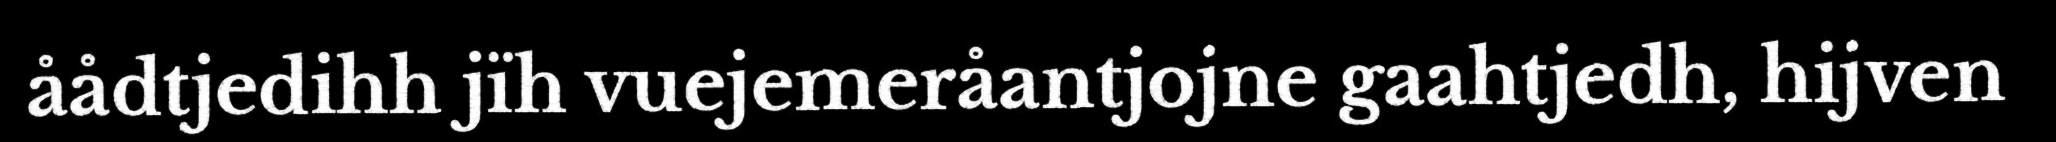
åådtjedihh jïh vuejemeråantjojne gaahtjedh, hijven